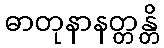
ဓာတုနာနတ္တန္တိ